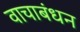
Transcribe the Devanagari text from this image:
वाचाबंधन